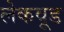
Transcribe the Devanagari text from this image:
लेकवूड